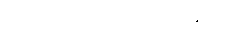
အဆိပ်အတောက်ဖြစ်စေသော